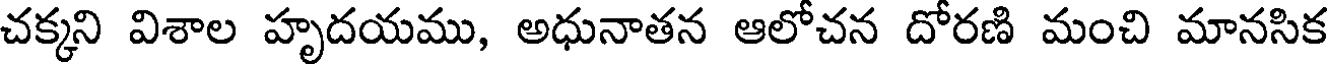
చక్కని విశాల హృదయము, అధునాతన ఆలోచన దోరణి మంచి మానసిక